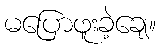
မပြောဖူးခဲ့ချေ။